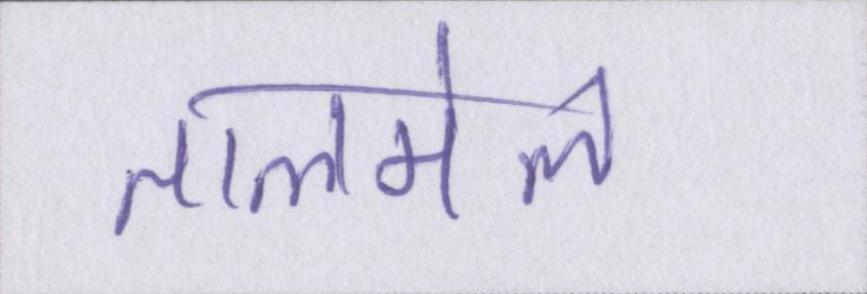
तालमेल